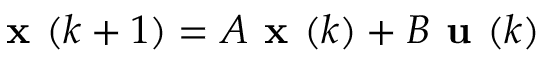
{ \textbf { x } } ( k + 1 ) = A { \textbf { x } } ( k ) + B { \textbf { u } } ( k )